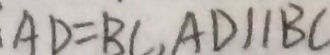
A D = B C , A D / / B C